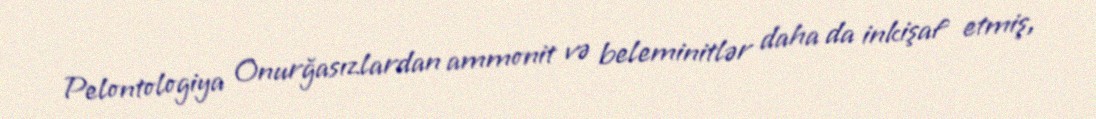
Pelontologiya Onurğasızlardan ammonit və beleminitlər daha da inkişaf etmiş,